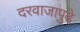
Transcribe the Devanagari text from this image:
दरवाजापुढे